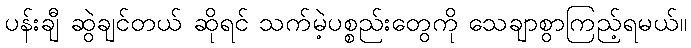
ပန်းချီ ဆွဲချင်တယ် ဆိုရင် သက်မဲ့ပစ္စည်းတွေကို သေချာစွာကြည့်ရမယ်။